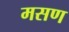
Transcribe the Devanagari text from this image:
मसण